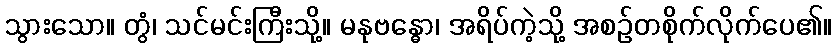
သွားသော။ တွံ၊ သင်မင်းကြီးသို့။ မနုဗန္ဓော၊ အရိပ်ကဲ့သို့ အစဉ်တစိုက်လိုက်ပေ၏။